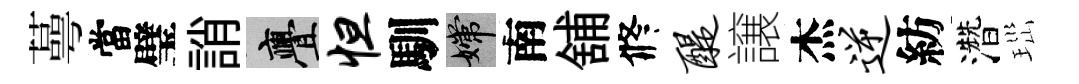
蕚當璧誚亹怛馴嫦南舖修醍譲杰逆紡濳𤤼